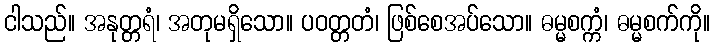
ငါသည်။ အနုတ္တရံ၊ အတုမရှိသော။ ပဝတ္တတံ၊ ဖြစ်စေအပ်သော။ ဓမ္မစက္ကံ၊ ဓမ္မစက်ကို။